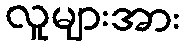
လူများအား